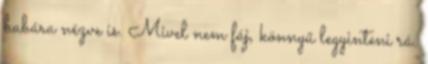
babára nézve is. Mivel nem fáj, könnyű legyinteni rá.